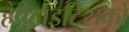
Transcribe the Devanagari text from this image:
हैपेटाइटिसको